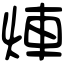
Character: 𤉖